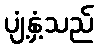
ပျံ့နှံ့သည်